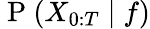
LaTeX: \mathrm{~P~}(X_{0:T}\mid f)